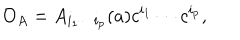
{ \cal O } _ { A } = A _ { i _ { 1 } \cdots i _ { p } } ( a ) c ^ { i _ { 1 } } \cdots c ^ { i _ { p } } ,